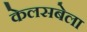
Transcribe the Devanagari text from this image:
केलसबेला